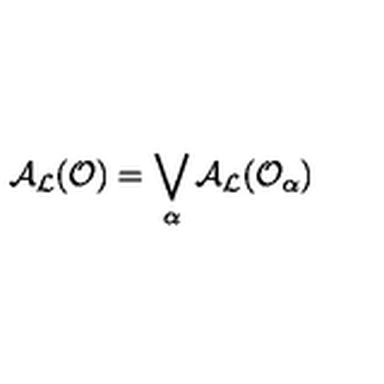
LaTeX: { \cal A } _ { \cal L } ( { \cal O } ) = \bigvee _ { \alpha } { \cal A } _ { \cal L } ( { \cal O } _ { \alpha } )